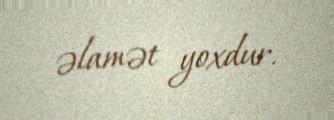
əlamət yoxdur.